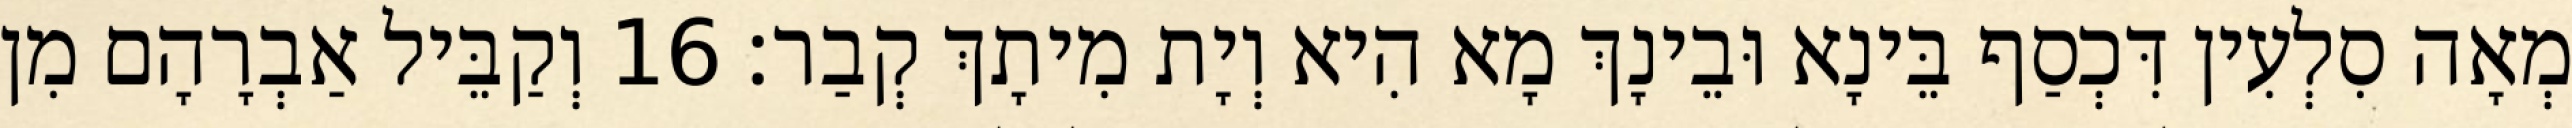
מְאָה סִלְעִין דִּכְסַף בֵּינָא וּבֵינָךְ מָא הִיא וְיָת מִיתָךְ קְבַר׃ 16 וְקַבֵּיל אַבְרָהָם מִן